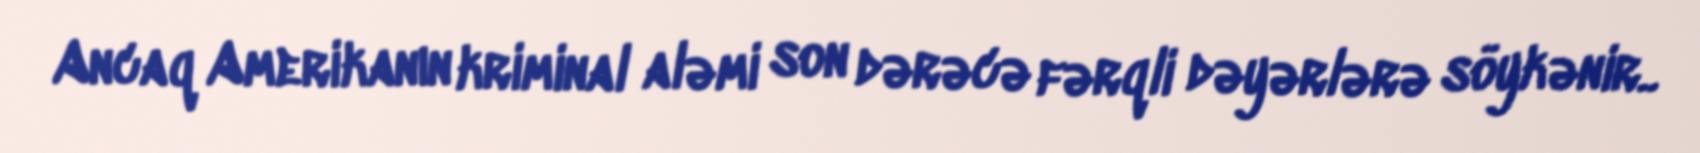
Ancaq Amerikanın kriminal aləmi son dərəcə fərqli dəyərlərə söykənir..